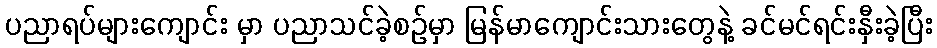
ပညာရပ်များကျောင်း မှာ ပညာသင်ခဲ့စဉ်မှာ မြန်မာကျောင်းသားတွေနဲ့ ခင်မင်ရင်းနှီးခဲ့ပြီး